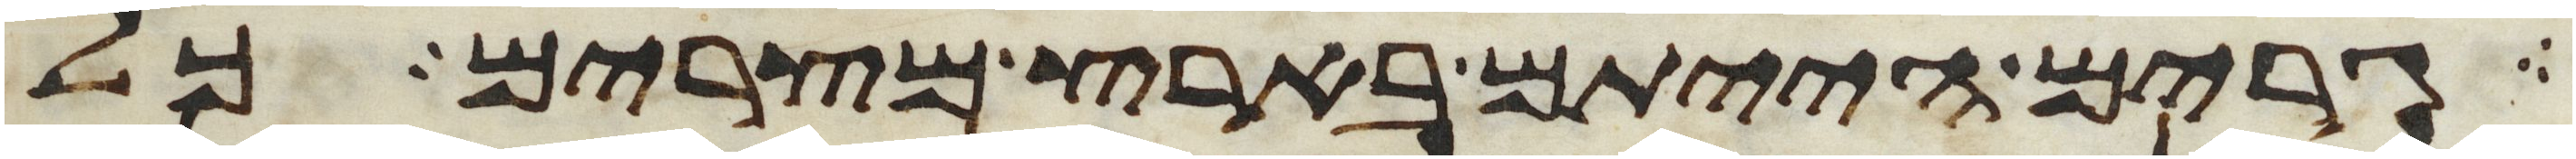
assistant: גרים הייתם בארץ מצרים כל